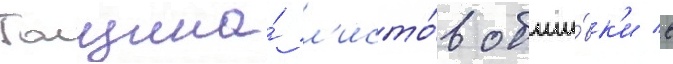
Толщина́ л'исто́в обши́вк'и в